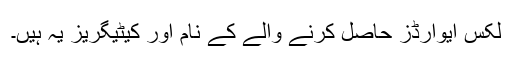
لکس ایوارڈز حاصل کرنے والے کے نام اور کیٹیگریز یہ ہیں۔